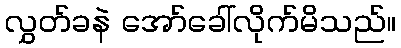
လွှတ်ခနဲ အော်ခေါ်လိုက်မိသည်။